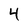
Character: 4